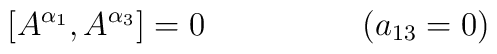
\left [ A^{\alpha_{1}}, A^{\alpha_{3}}\right ] = 0 \hspace{2cm} (a_{13}=0)